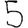
Digit: 5